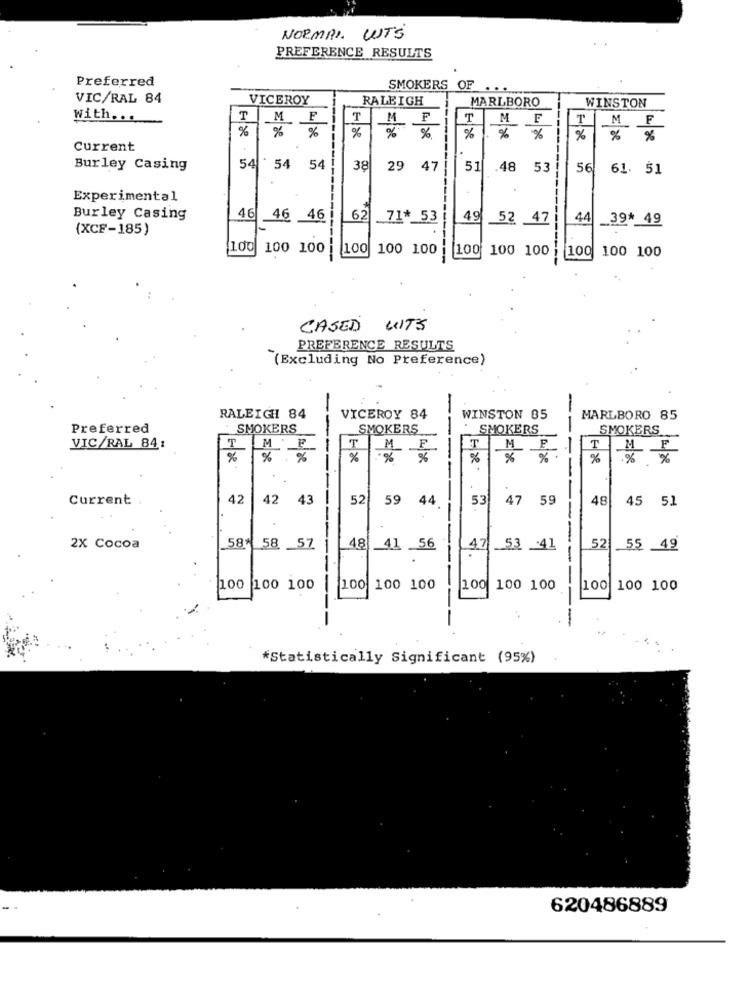
NORMAL. WTS
PREFERENCE RESULTS
Preferred
SMOKERS OF
...
VIC/RAL 84
VICEROY
RALEIGH
MARLBORO
WINSTON
With ...
T
MF
T
MF
T
MF
T
M
. F
%
% %
%
%
%
%
%
%
% %
Current
54.
Burley Casing
54
54
38
29
47
51
48
53
56
61. 51
Experimental
Burley Casing
46
46 46
62
.. 71 *_ 53
49
52 47
44
_. 39 *_ 49
(XCF-185)
100
100 100
100
100 100
100 100 100
100
100 100
CASED WITS
PREFERENCE RESULTS
"(Excluding No Preference)
RALEIGH 84
VICEROY 84
WINSTON 85
--
MARLBORO 85
Preferred
SMOKERS
SMOKERS
--
SMOKERS
SMOKERS
T
P
VIC/RAL 84:
M
F
---
T
M
T
F
%
%
%
%
%
%
%
%
%
Current
42
42
43
52
59
44
53
47
59
48
45 51
58
57
48
53
2X Cocoa
58*
41
56
.
47
.41
52
55 49
100
100 100
100
100 100
100
100 100
100 100 100
--
-
-
------
*Statistically Significant (95%)
620486889